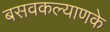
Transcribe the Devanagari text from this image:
बसवकल्याणके